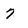
Character: 7